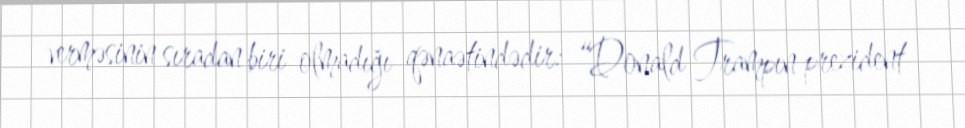
verməsinin sıradan biri olmadığı qənaətindədir: “Donald Trampın prezident